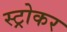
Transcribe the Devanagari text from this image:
स्ट्रोकर